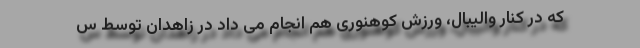
که در کنار والیبال، ورزش کوهنوری هم انجام می داد در زاهدان توسط س